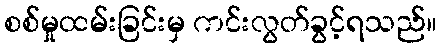
စစ်မှုထမ်းခြင်းမှ ကင်းလွတ်ခွင့်ရသည်။